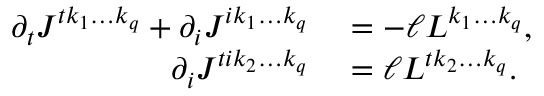
\begin{array} { r l } { \partial _ { t } J ^ { t k _ { 1 } \ldots k _ { q } } + \partial _ { i } J ^ { i k _ { 1 } \ldots k _ { q } } } & { { } = - \ell L ^ { k _ { 1 } \ldots k _ { q } } , } \\ { \partial _ { i } J ^ { t i k _ { 2 } \ldots k _ { q } } } & { { } = \ell L ^ { t k _ { 2 } \ldots k _ { q } } . } \end{array}